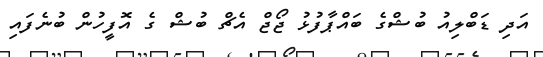
އަދި ޑަބްލިއު ބުޝްގެ ބައްޕާފުޅު ޖޯޖް އެޗް ބުޝް ގެ އޮފީހުން ބުނެފައި